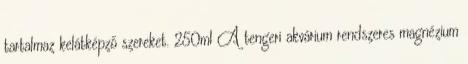
tartalmaz kelátképző szereket. 250ml A tengeri akvárium rendszeres magnézium